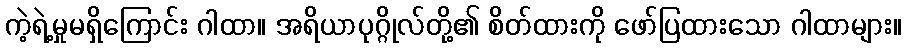
ကဲ့ရဲ့မှုမရှိကြောင်း ဂါထာ။ အရိယာပုဂ္ဂိုလ်တို့၏ စိတ်ထားကို ဖော်ပြထားသော ဂါထာများ။